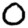
Digit: 0